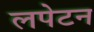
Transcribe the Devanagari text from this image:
लपेटन